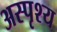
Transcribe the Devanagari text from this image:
अस्पृश्‍य